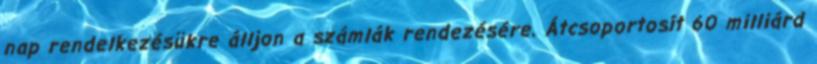
nap rendelkezésükre álljon a számlák rendezésére. Átcsoportosít 60 milliárd